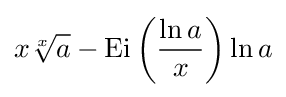
x{\sqrt[{x}]{a}}-\operatorname {Ei} \left({\frac {\ln a}{x}}\right)\ln a